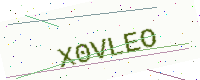
Text: X0VLEO